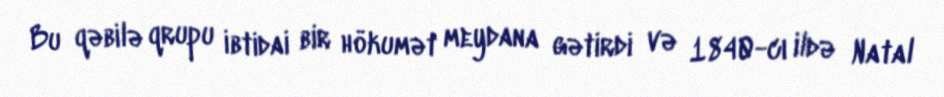
Bu qəbilə qrupu ibtidai bir hökumət meydana gətirdi və 1840-cı ildə Natal